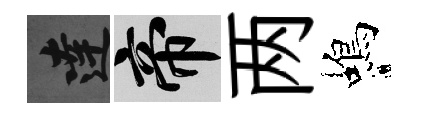
達帝两蝎